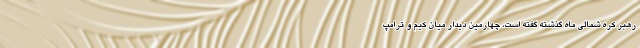
رهبر کره شمالی ماه گذشته گفته است، چهارمین دیدار میان کیم و ترامپ